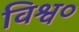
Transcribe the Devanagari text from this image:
विश्व०